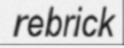
rebrick